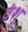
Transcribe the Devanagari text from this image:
वंशू